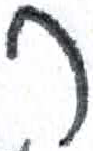
אות: ר